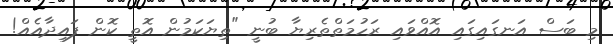
މި ބަސް އަނގައިގައި އޮއްވައި ރަހުމަތްތެރިޔާ ބުނީ "ތިޔަކަމުން އޮތީ ކޮން ފައިދާއެއް!